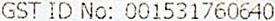
GST ID NO: 001531760640